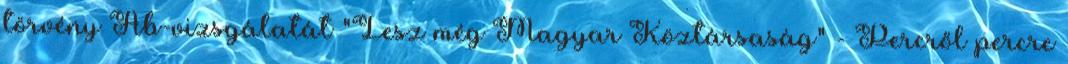
törvény Ab-vizsgálatát "Lesz még Magyar Köztársaság" - Percről percre